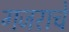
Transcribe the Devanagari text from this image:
गजराचे